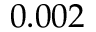
0 . 0 0 2